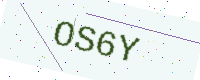
Text: OS6Y